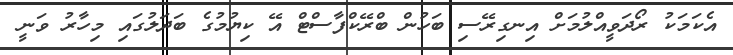
އެކަމަކު ރޯދަވީއްލުމަށް އިނގިރޭސި ބަހުން ބްރޭކްފާސްޓް އޭ ކިޔުމުގެ ބަދަލުގައި މިހާރު ވަނީ